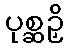
ပုစ္ဆဉှိ